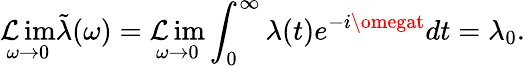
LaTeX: \operatorname*{\mathcal{L}im}_{\omega\rightarrow0}\tilde{{\lambda}}(\omega)=\operatorname*{\mathcal{L}im}_{\omega\rightarrow0}\int_{0}^{\infty}\lambda(t)e^{-i\omegat}dt=\lambda_{0}.